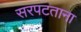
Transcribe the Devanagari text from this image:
सरपटताना